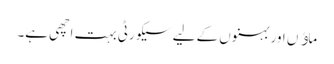
ماﺅں اور بہنوں کے لیے سیکورٹی بہت اچھی ہے۔